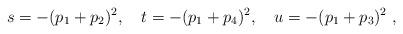
LaTeX: \begin{align*}s=-(p_1+p_2)^2,\quad t=-(p_1+p_4)^2,\quad u=-(p_1+p_3)^2 \ , \end{align*}